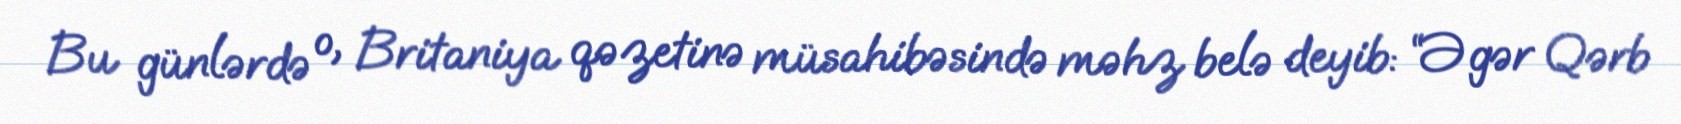
Bu günlərdə o, Britaniya qəzetinə müsahibəsində məhz belə deyib: “Əgər Qərb